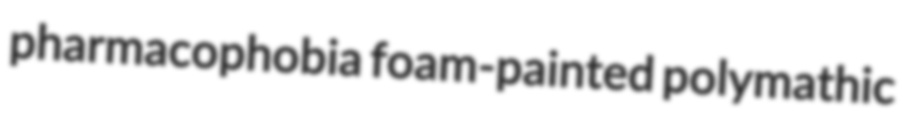
pharmacophobia foam-painted polymathic